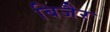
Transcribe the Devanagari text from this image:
बिजैर